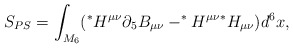
\begin{align*}S_{PS}=\int_{M_6}(^* H^{\mu\nu}\partial_5 B_{\mu\nu}- ^*H^{\mu\nu}{}^*H_{\mu\nu})d^6x, \end{align*}